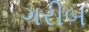
ગરીબ